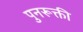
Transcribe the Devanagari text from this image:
पुनरूक्ती